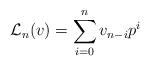
LaTeX: \begin{align*}{{\mathcal L}_{n}}(v)=\sum _{i=0}^{n}v_{n-i}p^i\end{align*}